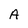
Character: A